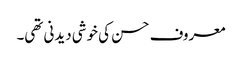
معروف حسن کی خوشی دیدنی تھی۔